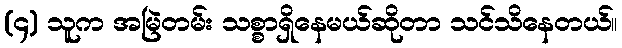
(၄) သူက အမြဲတမ်း သစ္စာရှိနေမယ်ဆိုတာ သင်သိနေတယ်။